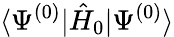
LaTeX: \langle\Psi^{(0)}|\hat{H}_{0}|\Psi^{(0)}\rangle